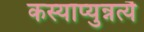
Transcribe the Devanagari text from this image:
कस्याप्युन्नत्यै